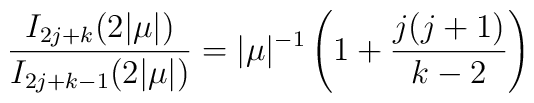
\frac{I_{2j+k}(2|\mu|)}{I_{2j+k-1}(2|\mu|)}=|\mu|^{-1}\left(1+\frac{j(j+1)}{k-2}\right)